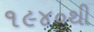
૧૯૪૦થી